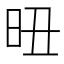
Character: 𣅴